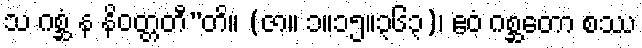
သ ဂစ္ဆံ န နိဝတ္တတီ”တိ။ (ဇာ။ ၁။၁၅။၃၆၃)၊ ဧဝံ ဂစ္ဆတော စဿ